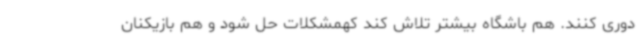
دوری کنند. هم باشگاه بیشتر تلاش کند کهمشکلات حل شود و هم بازیکنان